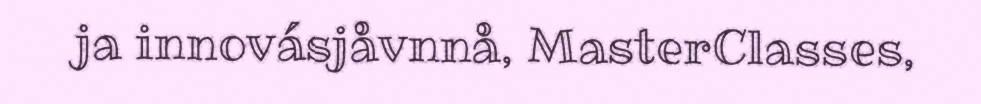
ja innovásjåvnnå, MasterClasses,